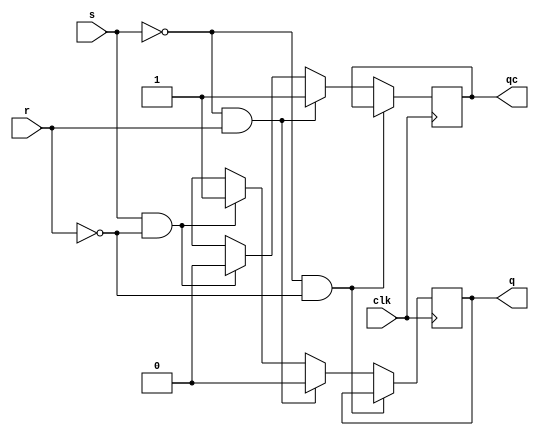
module SRff(s,r,clk,q,qc);
output q,qc;
input s,r,clk;
reg q,qc;
initial
begin
q=0;
qc=1;
end
always@(posedge clk)
begin
	if(clk)
	begin
		if(s==0 && r == 0)
		begin
			q=q;
			qc=qc;
		end
		else if(s==0 && r == 1)
		begin
			q=0;
			qc=1;
		end
		else if(s==1 && r == 0)
		begin
			q=1;
			qc=0;
		end
		else
		begin
			q=1'bx;
			qc=1'bx;
		end
	end
end
endmodule